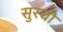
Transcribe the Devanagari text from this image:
सुरची